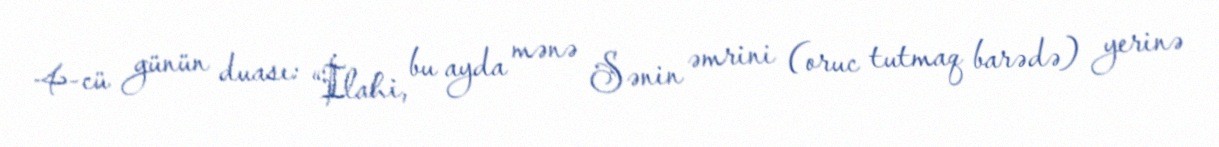
4-cü günün duası: “İlahi, bu ayda mənə Sənin əmrini (oruc tutmaq barədə) yerinə